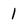
Character: 1